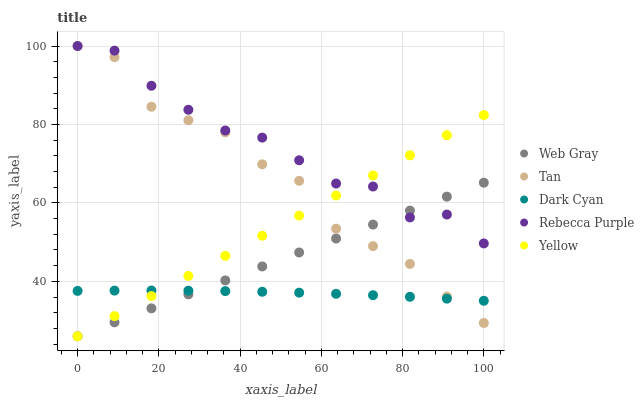
| xaxis_label | Web Gray | Tan | Dark Cyan | Rebecca Purple | Yellow |
 | --- | --- | --- | --- | --- | --- |
 | 0 | 26 | 100 | 37.6 | 100 | 26 |
 | 9.09 | 29.6 | 97.2 | 37.6 | 98.8 | 31.1 |
 | 18.2 | 33.1 | 84.5 | 37.7 | 89.9 | 36.3 |
 | 27.3 | 36.7 | 81.1 | 37.6 | 83.7 | 41.4 |
 | 36.4 | 40.2 | 78 | 37.5 | 78.5 | 46.5 |
 | 45.5 | 43.8 | 69.8 | 37.3 | 76.6 | 51.6 |
 | 54.5 | 47.4 | 65.6 | 37.1 | 70.9 | 56.8 |
 | 63.6 | 50.9 | 53.4 | 36.8 | 64.9 | 61.9 |
 | 72.7 | 54.5 | 49 | 36.5 | 64.2 | 67 |
 | 81.8 | 58 | 44.4 | 36.1 | 56.3 | 72.1 |
 | 90.9 | 61.6 | 36.1 | 35.6 | 57 | 77.3 |
 | 100 | 65.2 | 29.4 | 35 | 49.7 | 82.4 |